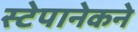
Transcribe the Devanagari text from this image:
स्टेपानेकने